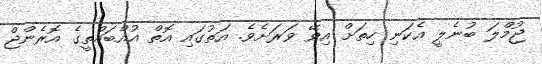
ޖުމްލަ ބުނެލީ އެކަނި ހިތަށް އިވޭ ވަރަށެވެ. އަތުގައި އޮތް އުއްބައްތީގެ އޮރެންޖް